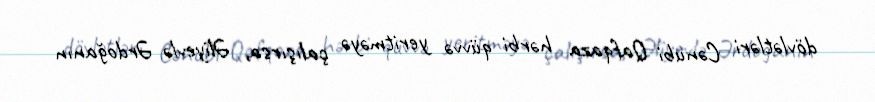
dövlətləri Cənubi Qafqaza hərbi qüvvə yeritməyə çalışırsa, Əliyevlə Ərdoğanın